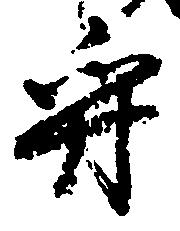
守